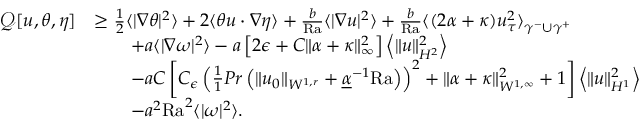
\begin{array} { r l } { \mathcal { Q } [ u , \theta , \eta ] } & { \geq \frac { 1 } { 2 } \langle | \nabla \theta | ^ { 2 } \rangle + 2 \langle \theta u \cdot \nabla \eta \rangle + \frac { b } { \mathrm { { R a } } } \langle | \nabla u | ^ { 2 } \rangle + \frac { b } { { \mathrm { R a } } } \langle ( 2 \alpha + \kappa ) u _ { \tau } ^ { 2 } \rangle _ { \gamma ^ { - } \cup \gamma ^ { + } } } \\ & { \qquad + a \langle | \nabla \omega | ^ { 2 } \rangle - a \left[ 2 \epsilon + C \| \alpha + \kappa \| _ { \infty } ^ { 2 } \right] \left\langle \| u \| _ { H ^ { 2 } } ^ { 2 } \right\rangle } \\ & { \qquad - a C \left[ C _ { \epsilon } \left( \frac { 1 } { 1 } { { P r } } \left( \| u _ { 0 } \| _ { W ^ { 1 , r } } + \underline { { \alpha } } ^ { - 1 } { \mathrm { R a } } \right) \right) ^ { 2 } + \| \alpha + \kappa \| _ { W ^ { 1 , \infty } } ^ { 2 } + 1 \right] \left\langle \| u \| _ { H ^ { 1 } } ^ { 2 } \right\rangle } \\ & { \qquad - a ^ { 2 } \mathrm { { R a } } ^ { 2 } \langle | \omega | ^ { 2 } \rangle . } \end{array}